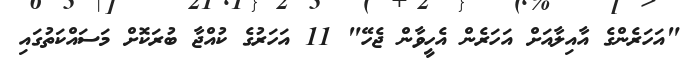
"އަހަރެންގެ އާއިލާއަށް އަހަރެން އެހީވާން ޖެހޭ" 11 އަހަރުގެ ކުއްޖާ ބުރަކޮށް މަސައްކަތުގައި